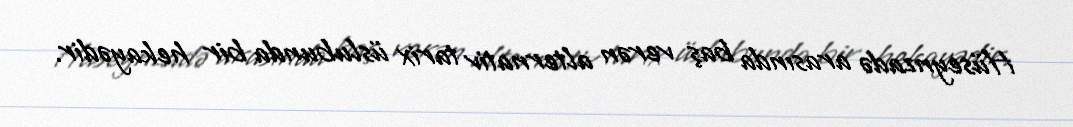
Hüseynzadə arasında baş verən alternativ tarix üslubunda bir hekayədir.